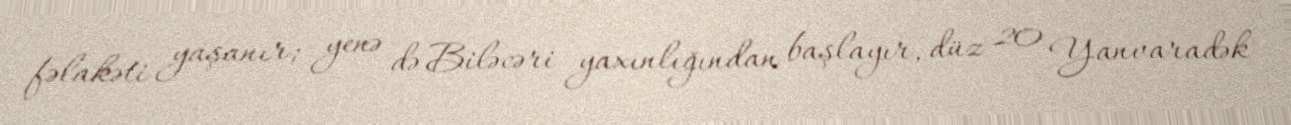
fəlakəti yaşanır; yenə də Biləcəri yaxınlığından başlayır, düz 20 Yanvaradək